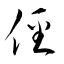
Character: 徑